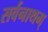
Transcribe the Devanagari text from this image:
सर्वनाथम्